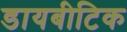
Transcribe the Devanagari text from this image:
डायबीटिक